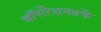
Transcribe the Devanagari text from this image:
कॉर्पोरेशनतर्फे